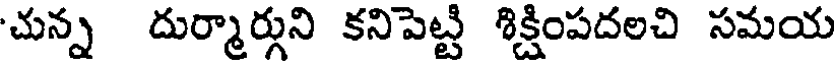
చున్న దుర్మార్గుని కనిపెట్టి శిక్షింపదలచి సమయ